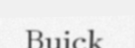
Buick